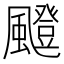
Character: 𩘼